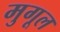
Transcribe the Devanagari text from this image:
मुगूल